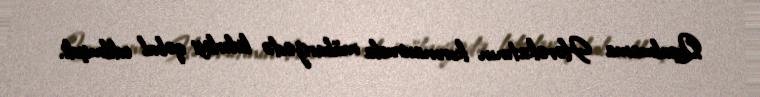
Qoşulmama Hərəkatının koronavirusla mübarizədə liderliyi qəbul edilmişdi.